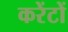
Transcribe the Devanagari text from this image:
करेंटों